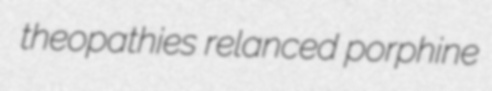
theopathies relanced porphine